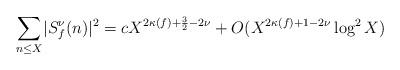
LaTeX: \begin{align*} \sum_{n \leq X} \lvert S_f^\nu(n) \rvert^2 = c X^{2\kappa(f) + \frac{3}{2} - 2\nu} + O(X^{2\kappa(f) + 1 - 2\nu}\log^2 X)\end{align*}